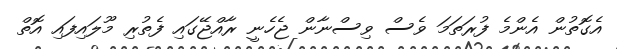
އެގޮތުން އެންމެ ފުރަތަމަ ވެސް ވިސްނާން ޖެހެނީ ރާއްޖޭގައި ފެތުރި މޫލައިފައި އޮތް